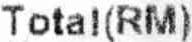
TOTAL (RM)